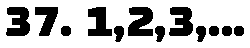
37. 1,2,3,...